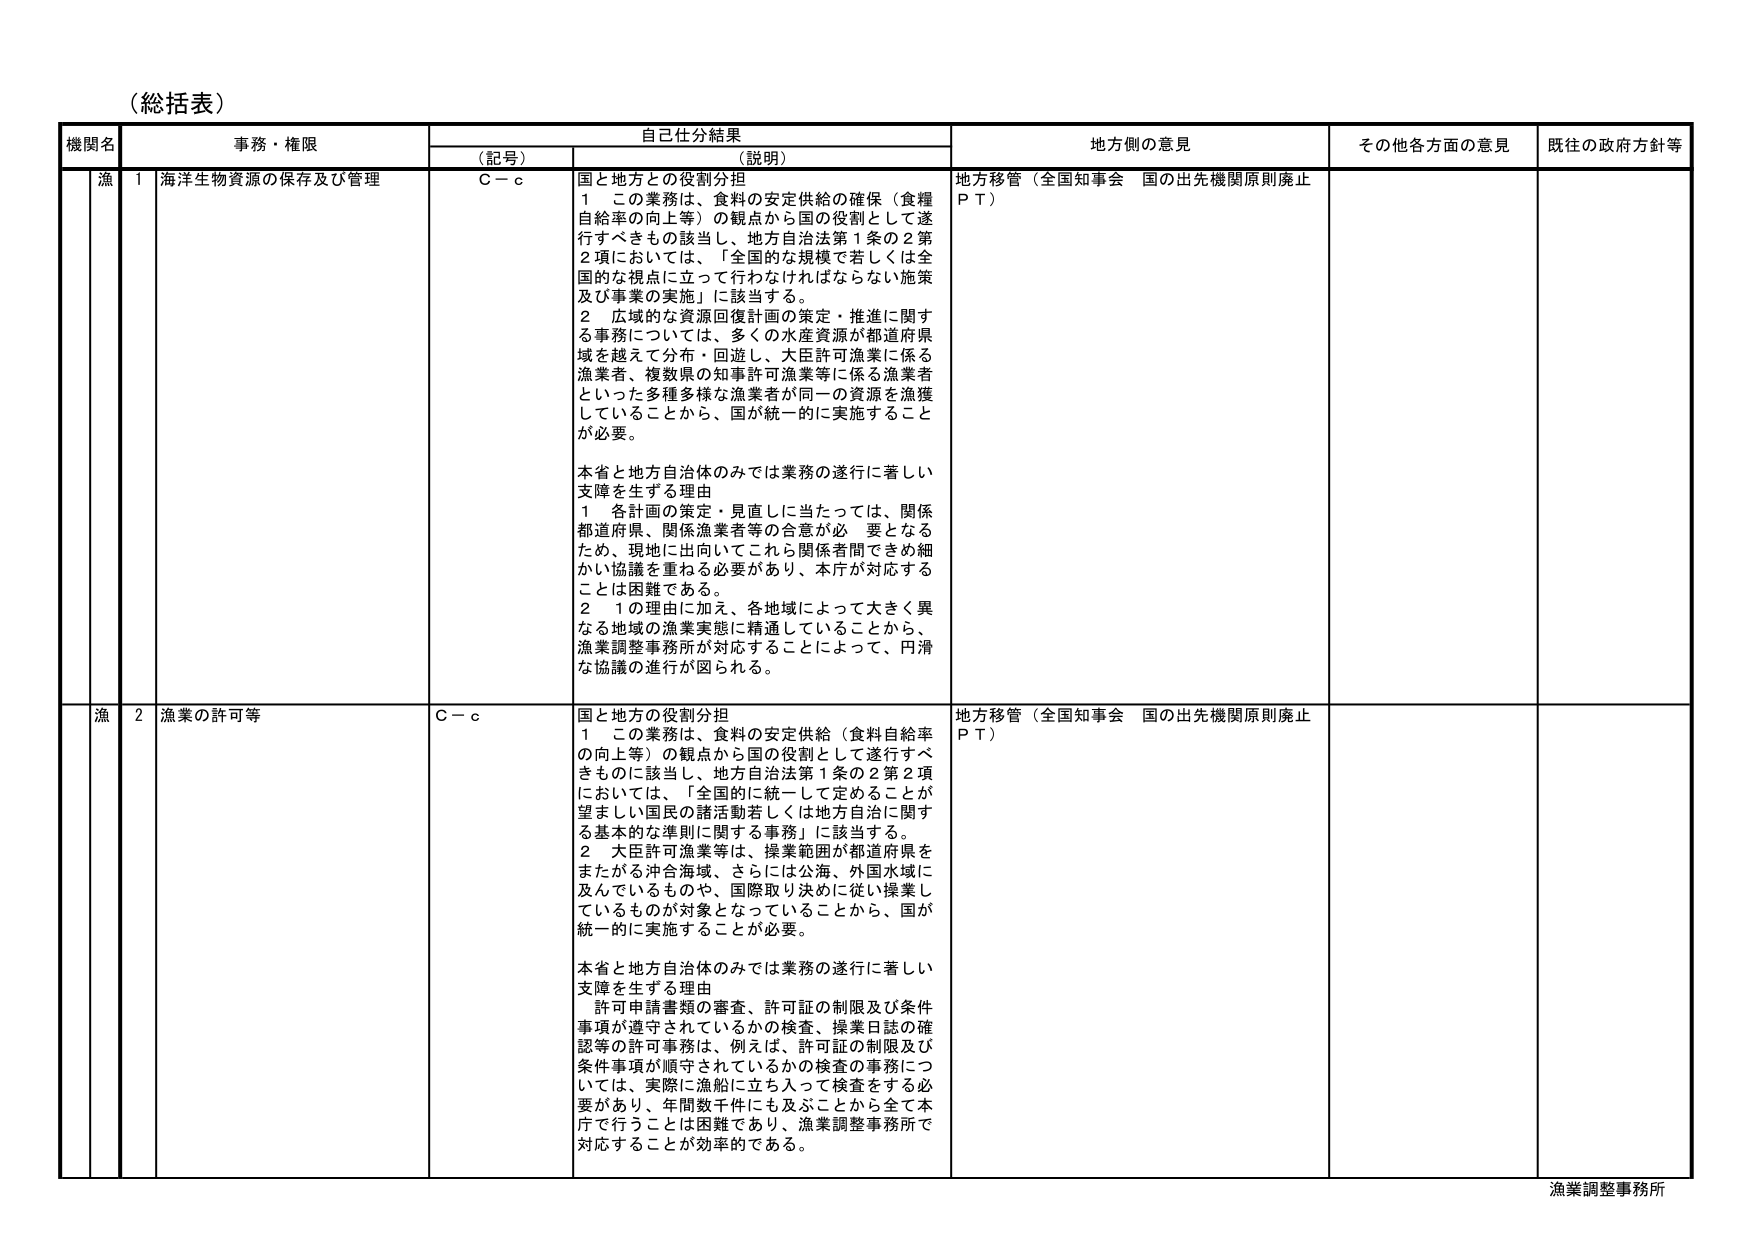
（総括表）

機関名　　事務・権限　　自己仕分結果　　地方側の意見　　その他各方面の意見　　既往の政府方針等

（記号）　　（説明）

漁　　1　海洋生物資源の保存及び管理　　Ｃ－ｃ　　国と地方との役割分担
　　１　この業務は、食料の安定供給（食糧自給率の向上等）の観点から国の役割として遂行すべきもの該当し、地方自治法第１条の２第２項においては、「全国的な規模で若しくは全国的な視点に立って行わなければならない施策及び事業の実施」に該当する。
　　２　広域的な資源回復計画の策定・推進に関する事務については、多くの水産資源が都道府県域を越えて分布・回遊し、大臣許可漁業に係る漁業者、複数県の知事許可漁業等に係る漁業者といった多種多様な漁業者が同一の資源を漁獲していることから、国が統一的に実施することが必要。
　　本省と地方自治体のみでは業務の遂行に著しい支障を生ずる理由
　　１　各計画の策定・見直しに当たっては、関係都道府県、関係漁業者等の合意が必要となるため、現地に出向いてこれら関係者間できめ細かい協議を重ねる必要があり、本庁が対応することは困難である。
　　２　１の理由に加え、各地域によって大きく異なる地域の漁業実態に精通していることから、漁業調整事務所が対応することによって、円滑な協議の進行が図られる。
　　地方移管（全国知事会　国の出先機関原則廃止ＰＴ）

漁　　2　漁業の許可等　　Ｃ－ｃ　　国と地方の役割分担
　　１　この業務は、食料の安定供給（食料自給率の向上等）の観点から国の役割として遂行すべきものに該当し、地方自治法第１条の２第２項においては、「全国的に統一して定めることが望ましい国民の諸活動若しくは地方自治に関する基本的な準則に関する事務」に該当する。
　　２　大臣許可漁業等は、操業範囲が都道府県をまたがる沖合海域、さらには公海、外国水域に及んでいるものや、国際取り決めに従い操業しているものが対象となっていることから、国が統一的に実施することが必要。
　　本省と地方自治体のみでは業務の遂行に著しい支障を生ずる理由
　　許可申請書類の審査、許可証の制限及び条件事項が遵守されているかの検査、操業日誌の確認等の許可事務は、例えば、許可証の制限及び条件事項が順守されているかの検査の事務については、実際に漁船に立ち入って検査をする必要があり、年間数千件にも及ぶことから全て本庁で行うことは困難であり、漁業調整事務所で対応することが効率的である。
　　地方移管（全国知事会　国の出先機関原則廃止ＰＴ）

漁業調整事務所